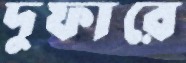
দুফারে